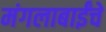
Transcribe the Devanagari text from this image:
मंगलाबाईंचे